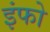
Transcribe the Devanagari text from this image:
इंफो